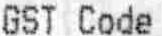
GST CODE